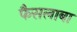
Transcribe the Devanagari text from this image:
फैसलाबा